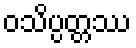
ဝသိပ္ပတ္တဿ